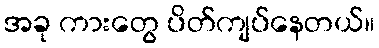
အခု ကားတွေ ပိတ်ကျပ်နေတယ်။